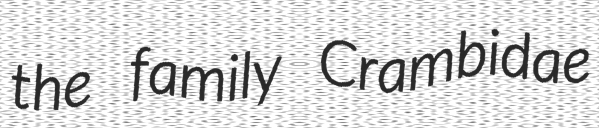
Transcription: the family Crambidae